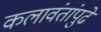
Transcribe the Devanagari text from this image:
कलावंतांपुढे